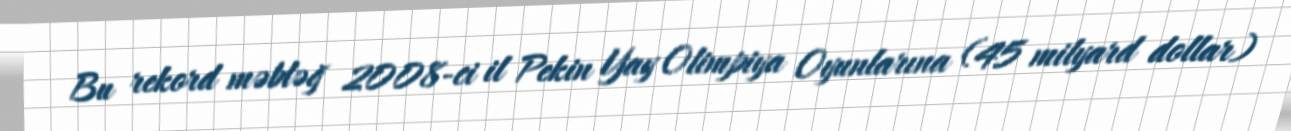
Bu rekord məbləğ 2008-ci il Pekin Yay Olimpiya Oyunlarına (45 milyard dollar)